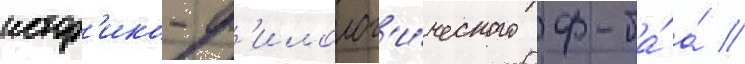
истор'ико-ф'илолог'и́ческого ф-та́ а́ //